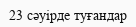
23 сәуірде туғандар